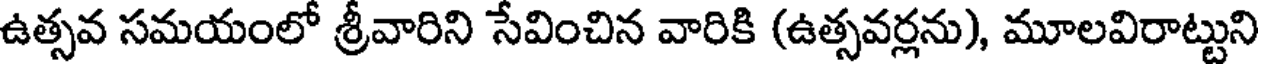
ఉత్సవ సమయంలో శ్రీవారిని సేవించిన వారికి (ఉత్సవర్లను), మూలవిరాట్టుని